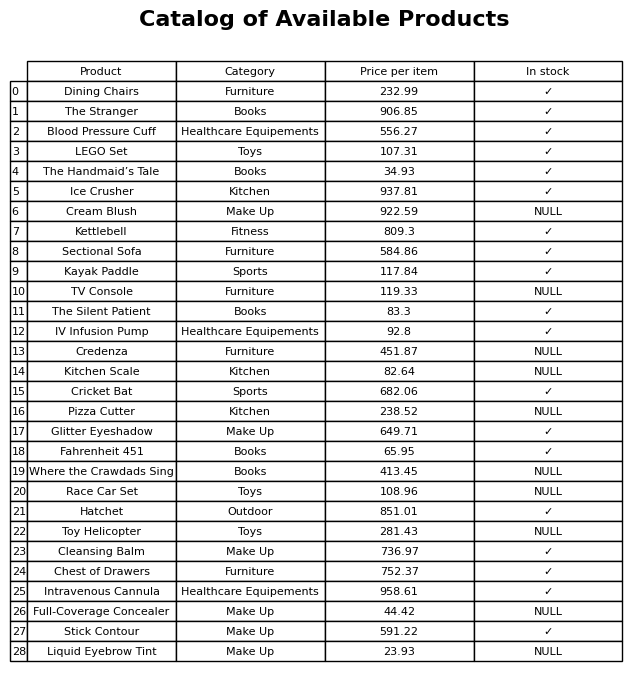
question: What is the stock status of the Liquid Eyebrow Tint?
answer: NULL